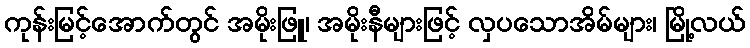
ကုန်းမြင့်အောက်တွင် အမိုးဖြူ၊ အမိုးနီများဖြင့် လှပသောအိမ်များ၊ မြို့လယ်